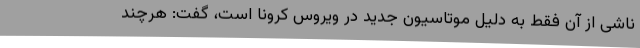
ناشی از آن فقط به دلیل موتاسیون جدید در ویروس کرونا است، گفت: هرچند